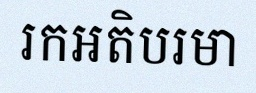
រកអតិបរមា